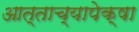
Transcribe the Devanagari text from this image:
आत्ताच्यापेक्षा